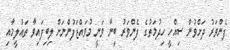
ފެންވަރު ދަށްވުން ސިއްހީ ހިދުމަތުގެ ފެންވަރު ބިނާ ވަނީ މުވައްޒަފުންނަށް ލިބިފައިވާ ތައުލީމާއި